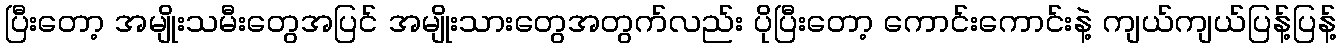
ပြီးတော့ အမျိုးသမီးတွေအပြင် အမျိုးသားတွေအတွက်လည်း ပိုပြီးတော့ ကောင်းကောင်းနဲ့ ကျယ်ကျယ်ပြန့်ပြန့်